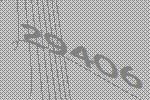
29406